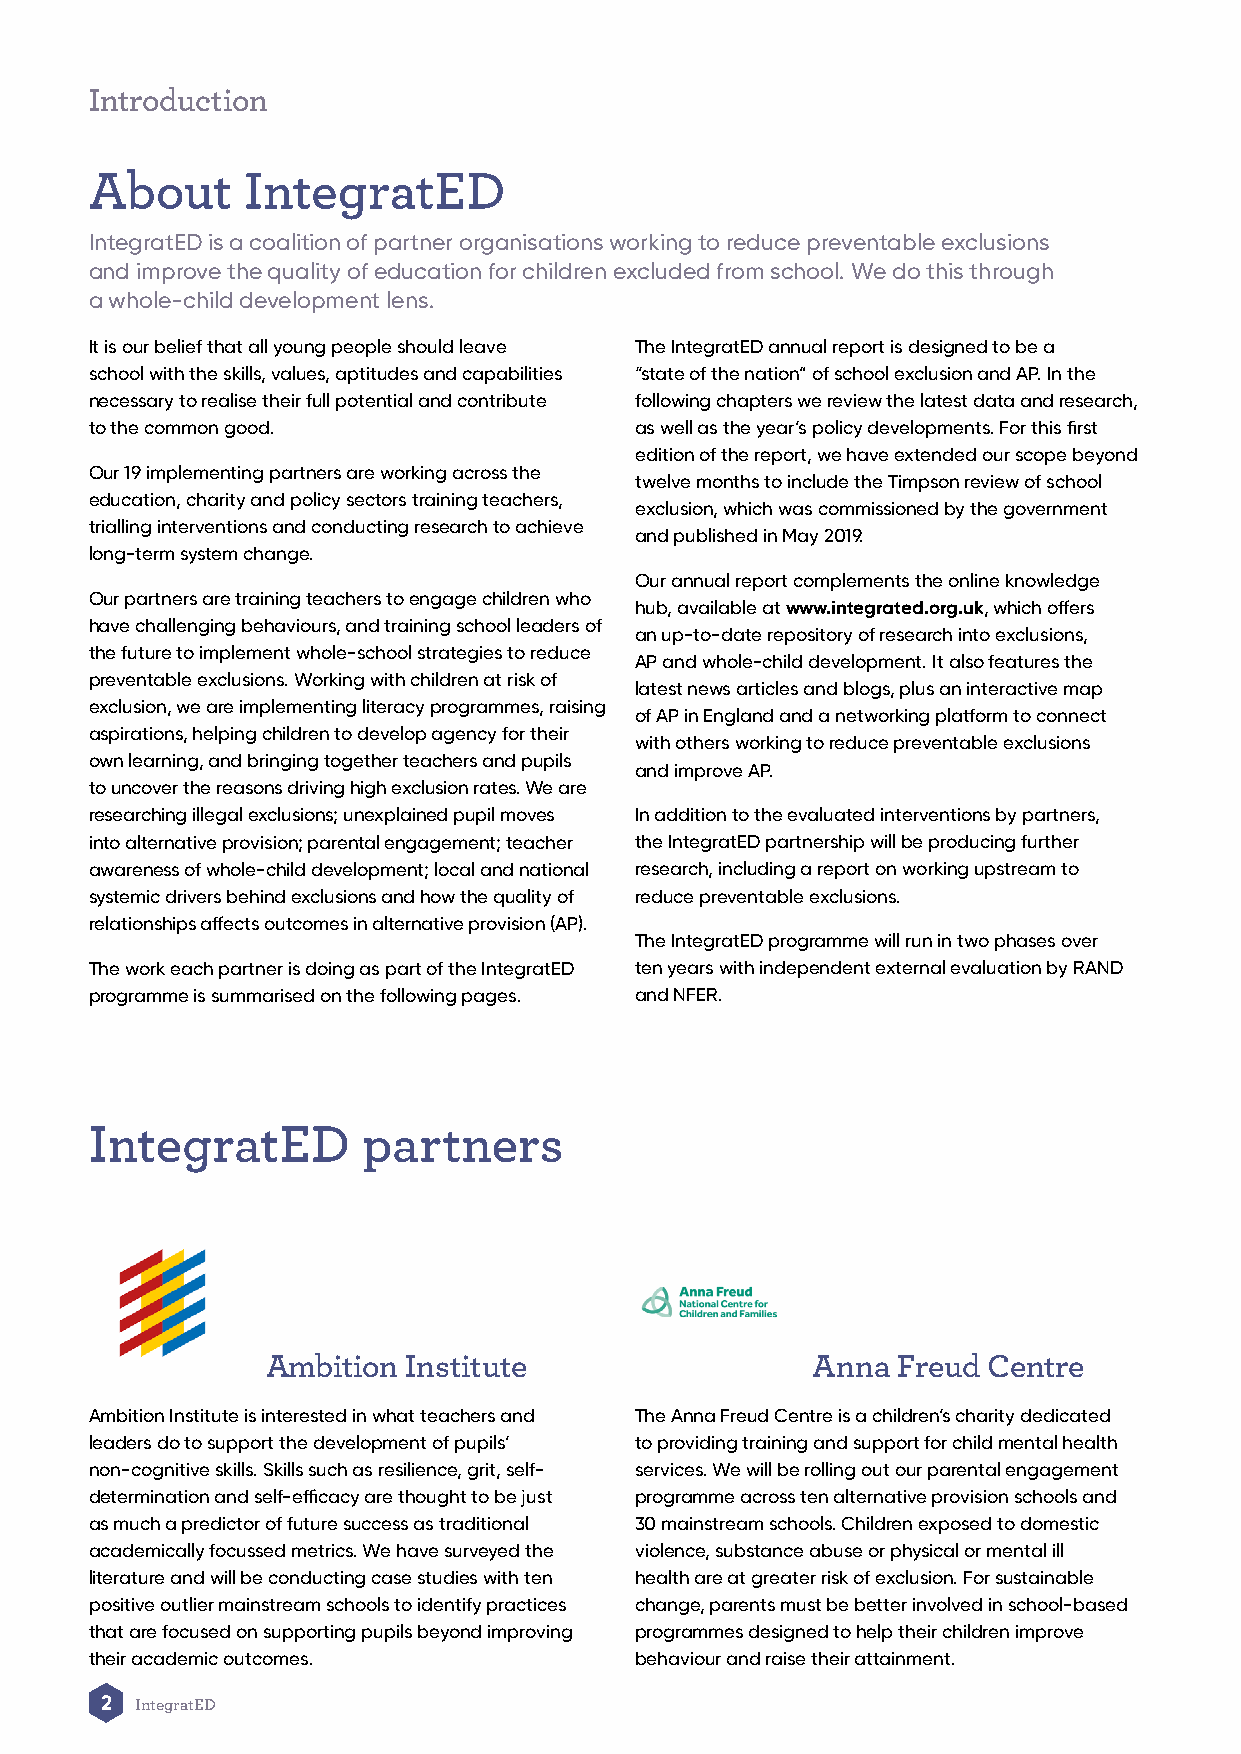
Introduction
 About     IntegratED
 IntegratED is a coalition of partner organisations working to reduce preventable exclusions
 and improve the quality of education for children excluded from school. We do this through
 a whole-child development lens.
 It is our belief that all young people should leave The IntegratED annual report is designed to be a
 school with the skills, values, aptitudes and capabilities “state of the nation” of school exclusion and AP. In the
 necessary to realise their full potential and contribute following chapters we review the latest data and research,
 to the common good.                 as well as the year’s policy developments. For this first
 edition of the report, we have extended our scope beyond
 Our 19 implementing partners are working across the
 twelve months to include the Timpson review of school
 education, charity and policy sectors training teachers,
 exclusion, which was commissioned by the government
 trialling interventions and conducting research to achieve
 and published in May 2019.
 long-term system change.
 Our annual report complements the online knowledge
 Our partners are training teachers to engage children who
 hub, available at www.integrated.org.uk, which offers
 have challenging behaviours, and training school leaders of
 an up-to-date repository of research into exclusions,
 the future to implement whole-school strategies to reduce
 AP and whole-child development. It also features the
 preventable exclusions. Working with children at risk of
 latest news articles and blogs, plus an interactive map
 exclusion, we are implementing literacy programmes, raising
 of AP in England and a networking platform to connect
 aspirations, helping children to develop agency for their
 with others working to reduce preventable exclusions
 own learning, and bringing together teachers and pupils
 and improve AP.
 to uncover the reasons driving high exclusion rates. We are
 researching illegal exclusions; unexplained pupil moves In addition to the evaluated interventions by partners,
 into alternative provision; parental engagement; teacher the IntegratED partnership will be producing further
 awareness of whole-child development; local and national research, including a report on working upstream to
 systemic drivers behind exclusions and how the quality of reduce preventable exclusions.
 relationships affects outcomes in alternative provision (AP).
 The IntegratED programme will run in two phases over
 The work each partner is doing as part of the IntegratED ten years with independent external evaluation by RAND
 programme is summarised on the following pages. and NFER.
 IntegratED        partners
 Ambition Institute                  Anna Freud Centre
 Ambition Institute is interested in what teachers and The Anna Freud Centre is a children’s charity dedicated
 leaders do to support the development of pupils’ to providing training and support for child mental health
 non-cognitive skills. Skills such as resilience, grit, self- services. We will be rolling out our parental engagement
 determination and self-efficacy are thought to be just programme across ten alternative provision schools and
 as much a predictor of future success as traditional 30 mainstream schools. Children exposed to domestic
 academically focussed metrics. We have surveyed the violence, substance abuse or physical or mental ill
 literature and will be conducting case studies with ten health are at greater risk of exclusion. For sustainable
 positive outlier mainstream schools to identify practices change, parents must be better involved in school-based
 that are focused on supporting pupils beyond improving programmes designed to help their children improve
 their academic outcomes.            behaviour and raise their attainment.
 2 IntegratED